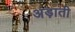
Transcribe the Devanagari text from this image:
अड़ाती